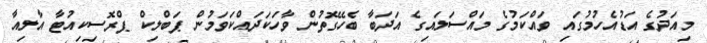
މިއަދުގެ އަޑުއެހުމުގައި ވައްކަމުގެ މައްސަލައިގެ އަދަބާ ބެހޭގޮތުން ވާހަކަދައްކަވަމުން ޕަބްލިކް ޕްރޮސިކިއުޓާ އާލިއާ